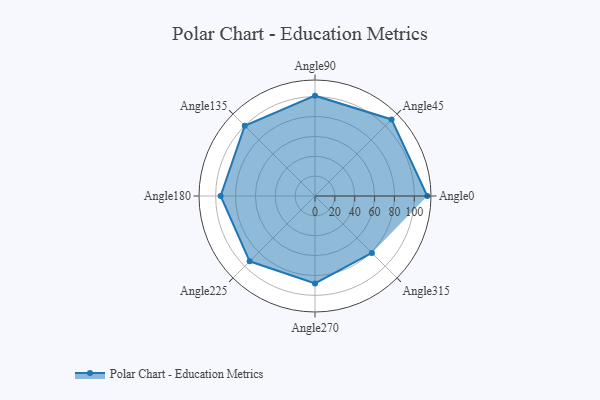
{"axis": {"x": "Angle", "y": "Radius"}, "legend": [""], "data": [{"x": "Angle0", "y": 113.0, "type": ""}, {"x": "Angle45", "y": 109.0, "type": ""}, {"x": "Angle90", "y": 101.0, "type": ""}, {"x": "Angle135", "y": 100.0, "type": ""}, {"x": "Angle180", "y": 95.0, "type": ""}, {"x": "Angle225", "y": 93.0, "type": ""}, {"x": "Angle270", "y": 88.0, "type": ""}, {"x": "Angle315", "y": 81.0, "type": ""}]}